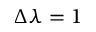
\Delta \lambda = 1